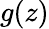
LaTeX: g(z)